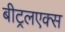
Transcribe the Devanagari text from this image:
बीट्रलएक्स